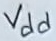
Text: Vdd